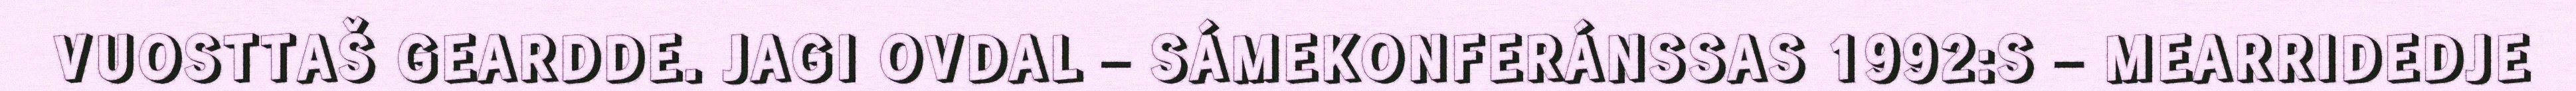
VUOSTTAŠ GEARDDE. JAGI OVDAL – SÁMEKONFERÁNSSAS 1992:S – MEARRIDEDJE